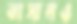
ভাসানও